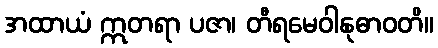
အထာယံ ဣတရာ ပဇာ၊ တီရမေဝါနုဓာဝတိ။